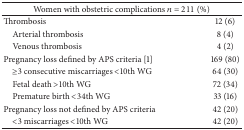
<table><thead><tr><td colspan="2"><b>Women with obstetric complications <i>n</i> = 211 (%)</b></td></tr></thead><tbody><tr><td>Thrombosis</td><td>12 (6)</td></tr><tr><td> Arterial thrombosis</td><td>8 (4)</td></tr><tr><td> Venous thrombosis</td><td>4 (2)</td></tr><tr><td>Pregnancy loss defined by APS criteria [1]</td><td>169 (80)</td></tr><tr><td> ≥3 consecutive miscarriages &lt;10th WG</td><td>64 (30)</td></tr><tr><td> Fetal death &gt;10th WG</td><td>72 (34)</td></tr><tr><td> Premature birth &lt;34th WG</td><td>33 (16)</td></tr><tr><td>Pregnancy loss not defined by APS criteria</td><td>42 (20)</td></tr><tr><td> &lt;3 miscarriages &lt;10th WG</td><td>42 (20)</td></tr></tbody></table>